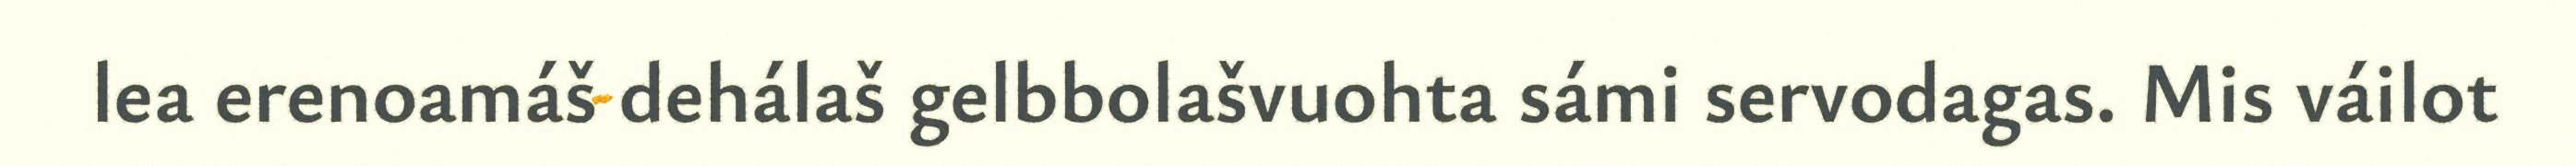
lea erenoamáš dehálaš gelbbolašvuohta sámi servodagas. Mis váilot